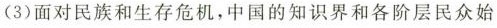
(3)面对民族和生存危机，中国的知识界和各阶层民众始